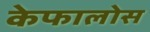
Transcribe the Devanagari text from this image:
केफालोस